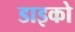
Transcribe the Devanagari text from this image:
डाइको